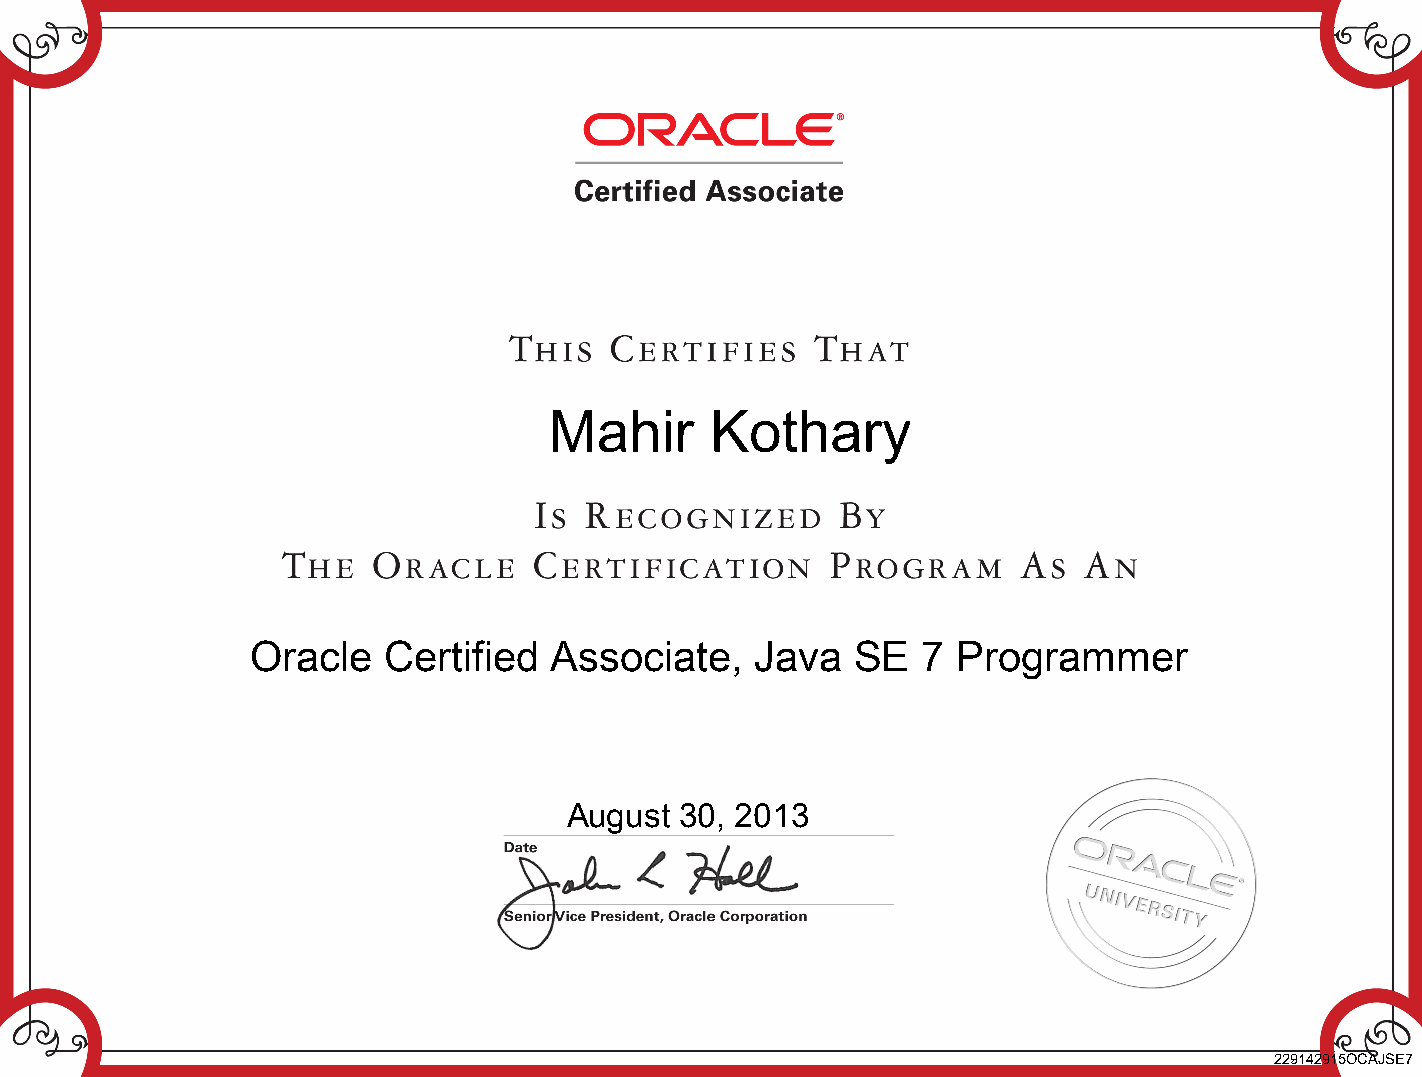
Mahir      Kothary
 Oracle  Certified  Associate,    Java   SE  7 Programmer
 August  30, 2013
 229142915OCAJSE7